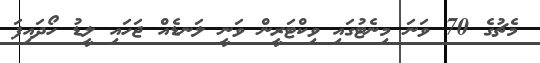
މެޗުގެ 70 ވަނަ މިނެޓުގައި ވިކްޓަރީން ވަނީ ލަނޑެއް ޖަހައި ލީޑު ހޯދައިފަ